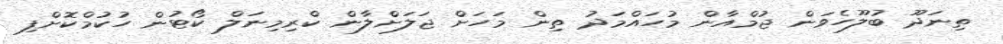
ތިނަދޫ ބުލޫހެވަން ޖުމްއާން މުހައްމަދު ތިން މަހަށް ޖަލަށްލާން ކްރިމިނަލް ކޯޓުން ހުކުމްކޮށްފި